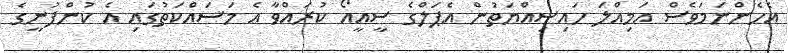
އެހެންނަމަވެސް އަމިއްލަ ހައިސިއްޔަތުން އެޕަލްގެ ސީއީއޯ ކުރައްވާ އެ މަސައްކަތުގައި އެ ކުންފުނީގެ